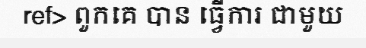
ref> ពួកគេ បាន ធ្វើការ ជាមួយ